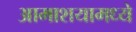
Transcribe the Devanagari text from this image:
आमाशयामध्ये